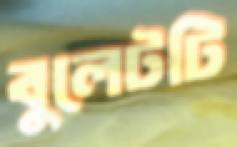
বুলেটটি